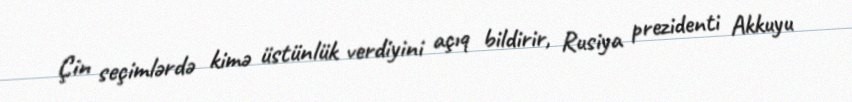
Çin seçimlərdə kimə üstünlük verdiyini açıq bildirir, Rusiya prezidenti Akkuyu